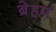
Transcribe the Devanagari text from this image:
ब्रेहम